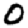
Digit: 0